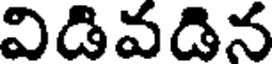
విడివదిన